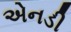
એનડી